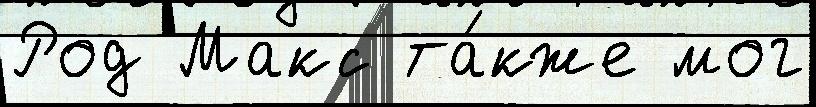
Род Макс та́кже мог